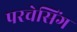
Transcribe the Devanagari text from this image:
परचेसिंग